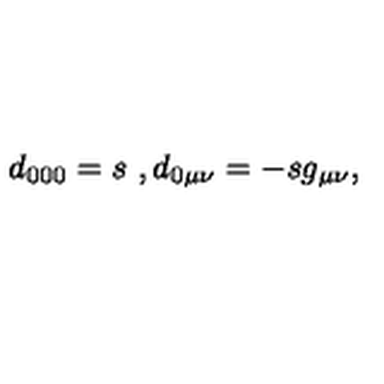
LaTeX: d _ { 0 0 0 } = s \ , d _ { 0 \mu \nu } = - s g _ { \mu \nu } ,